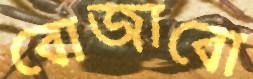
বোজাবো